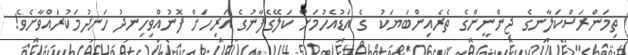
ތިމަންރަސްކަލާނގެ ޖިންނީންގެ ތެރެއިންބަޔަކު  ގެ އަޑުއެހުމަށް ކަލޭގެފާނުގެ އަރިހަށް ފޮނުއްވިހިނދު ހަނދުމަކުރައްވާށެވެ!